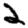
Digit: 2